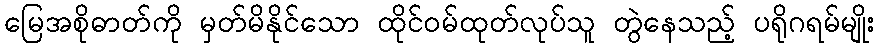
မြေအစိုဓာတ်ကို မှတ်မိနိုင်သော ထိုင်ဝမ်ထုတ်လုပ်သူ တွဲနေသည့် ပရိုဂရမ်မျိုး